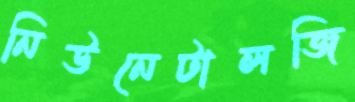
নিউনেটালজি